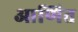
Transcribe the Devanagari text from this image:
आणित